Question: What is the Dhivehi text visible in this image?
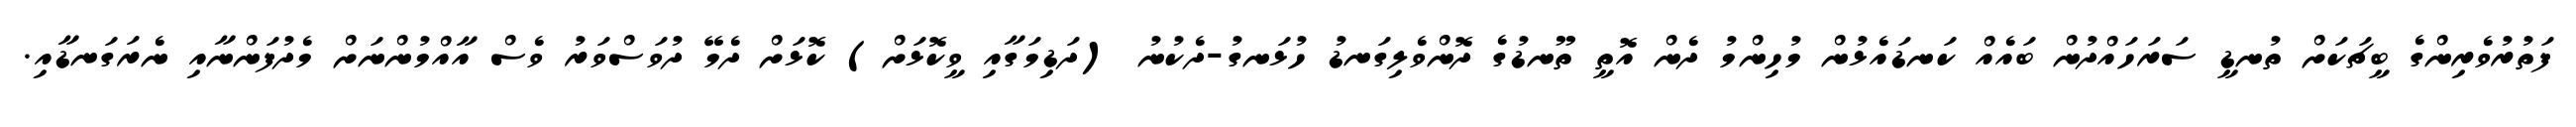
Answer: ފަތުރުވެރިންގެ ބީޗަކަށް ތުނޑީ ސަރަހައްދުން ބައެއް ކަނޑައެޅުން މުހިންމު ދެން އޮތީ ތޫނޑުގެ ދޮންވެލިގަނޑު ހުޅަނގު-ދެކުނު (ދަޑިމަގާއި ވީކޮޅަށް) ކޮޅަށް ދެމޭ ދުވަސްވަރު ވެސް އާއްމުންނަށް މެދުފަންނާއި ނެރަގަނޑާއި.